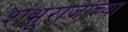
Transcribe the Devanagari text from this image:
शंभूराजांच्या